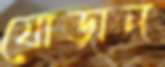
যোড়ান